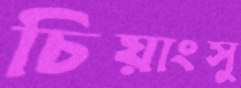
চিয়াংসু